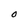
Character: O